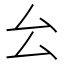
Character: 㕕